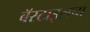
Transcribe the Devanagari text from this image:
बॅस्टाइलचा